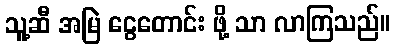
သူ့ဆီ အမြဲ ငွေတောင်း ဖို့ သာ လာကြသည်။